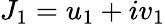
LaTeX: J_{1}=u_{1}+iv_{1}